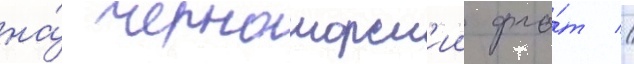
на́ черноморск'ии фло́т //